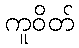
ကူဝိတ်